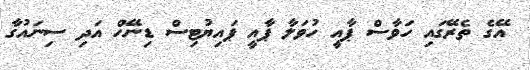
އޭގެ ތެރޭގައި ހަވާސް ޕާއީ ހުވަލާ ޕާއީ ޕައިޔުޓިސް ޑިނޭހް އަދި ސިނައުގާ